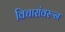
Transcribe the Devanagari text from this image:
विचारांवरून